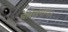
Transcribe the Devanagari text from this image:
चरितगान।